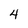
Character: 4